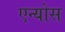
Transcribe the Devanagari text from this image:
एन्योस